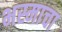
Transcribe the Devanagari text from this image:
भस्माचा